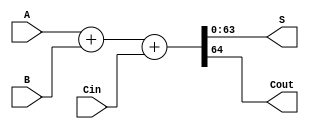
module adder(A, B, Cin, S, Cout);
	parameter n=64;
	parameter delay = 50;
	
	input [n-1:0] A;
	input [n-1:0] B;
	input Cin;
	output [n-1:0] S;
	output Cout;

	assign #delay {Cout, S} = A + B + Cin;
endmodule